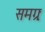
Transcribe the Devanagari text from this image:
समग्रः